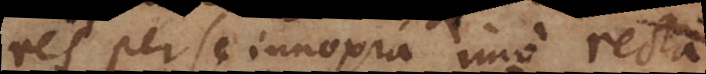
res per se innoxia imo recta